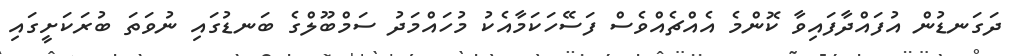
ދަގަނޑުން އުފައްދާފައިވާ ކޮންމެ އެއްޗެއްވެސް ފަސޭހަކަމާއެކު މުހައްމަދު ސަމްބޫލްގެ ބަނޑުގައި ނުވަތަ ބުރަކަށީގައި